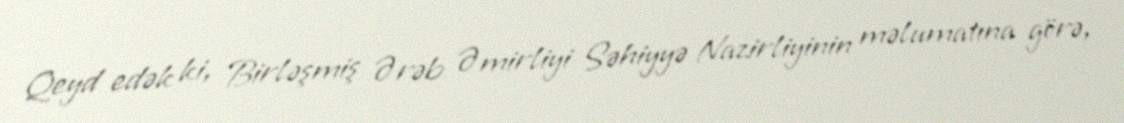
Qeyd edək ki, Birləşmiş Ərəb Əmirliyi Səhiyyə Nazirliyinin məlumatına görə,